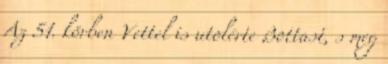
Az 51. körben Vettel is utolérte Bottast, s meg